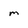
Character: m